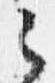
之